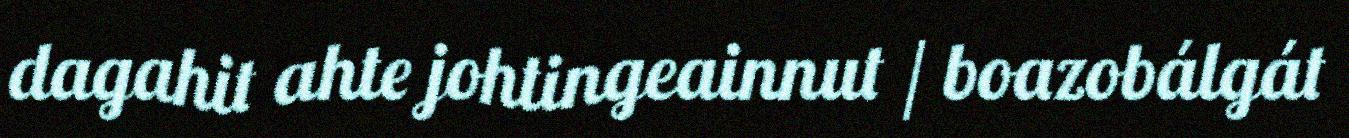
dagahit ahte johtingeainnut / boazobálgát